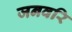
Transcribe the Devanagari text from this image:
जनवरि